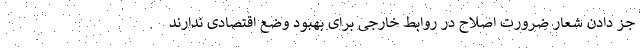
جز دادن شعار ضرورت اصلاح در روابط خارجی برای بهبود وضع اقتصادی ندارند